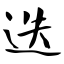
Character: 迭